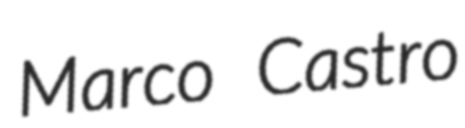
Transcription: Marco Castro